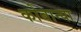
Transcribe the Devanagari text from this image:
कोबान्या